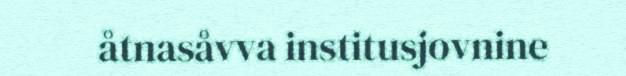
åtnasåvva institusjovnine